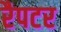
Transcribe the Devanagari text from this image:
रैपटर